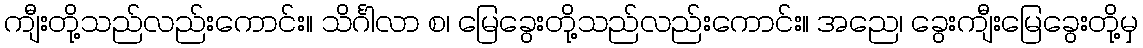
ကျီးတို့သည်လည်းကောင်း။ သိင်္ဂါလာ စ၊ မြေခွေးတို့သည်လည်းကောင်း။ အညေ၊ ခွေးကျီးမြေခွေးတို့မှ